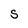
Character: S